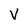
Character: V